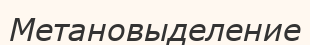
Метановыделение